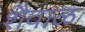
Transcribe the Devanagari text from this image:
शैवाळ